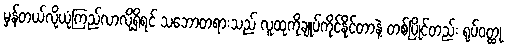
မှန်တယ်လို့ယုံကြည်လာလို့ရှိရင် သဘောတရားသည် လူထုကိုချုပ်ကိုင်နိုင်တာနဲ့ တစ်ပြိုင်တည်း ရုပ်ဝတ္ထု